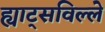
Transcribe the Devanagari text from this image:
ह्याट्सविल्ले